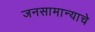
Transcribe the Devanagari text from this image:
जनसामान्याचे